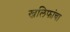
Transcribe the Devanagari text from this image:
खलिफांचा